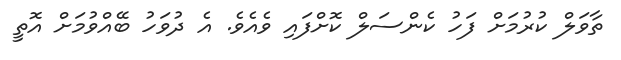
ތާވަލް ކުރުމަށް ފަހު ކެންސަލް ކޮށްފައި ވެއެވެ. އެ ދުވަހު ބޭއްވުމަށް އޮތީ